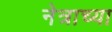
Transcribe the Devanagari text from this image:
नेत्राच्या